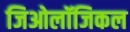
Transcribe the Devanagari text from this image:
जिओलॉजिकल